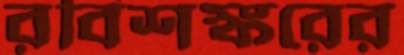
রবিশঙ্করের